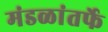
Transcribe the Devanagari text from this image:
मंडळांतर्फे